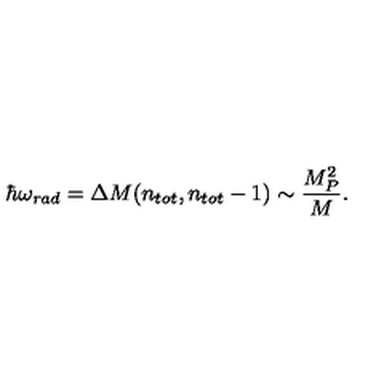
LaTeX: \hbar \omega _ { r a d } = \Delta M ( n _ { t o t } , n _ { t o t } - 1 ) \sim \frac { M _ { P } ^ { 2 } } { M } .